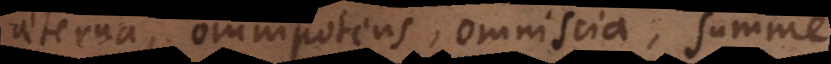
aeterna, omnipotens, omniscia, summe